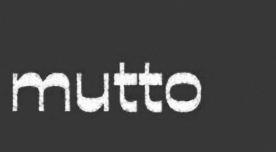
mutto